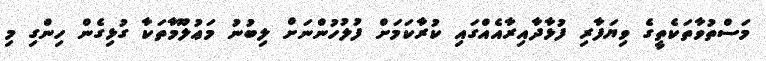
މަސްތުވާތަކެތީގެ ވިޔަފާރި ފުޅާދާއިރާއެއްގައި ކުރާކަމަށް ފުލުހުންނަށް ލިބުނު މަޢުލޫމާތަކާ ގުޅިގެން ހިންގި މި